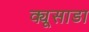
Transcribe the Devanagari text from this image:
क्यूसाडा